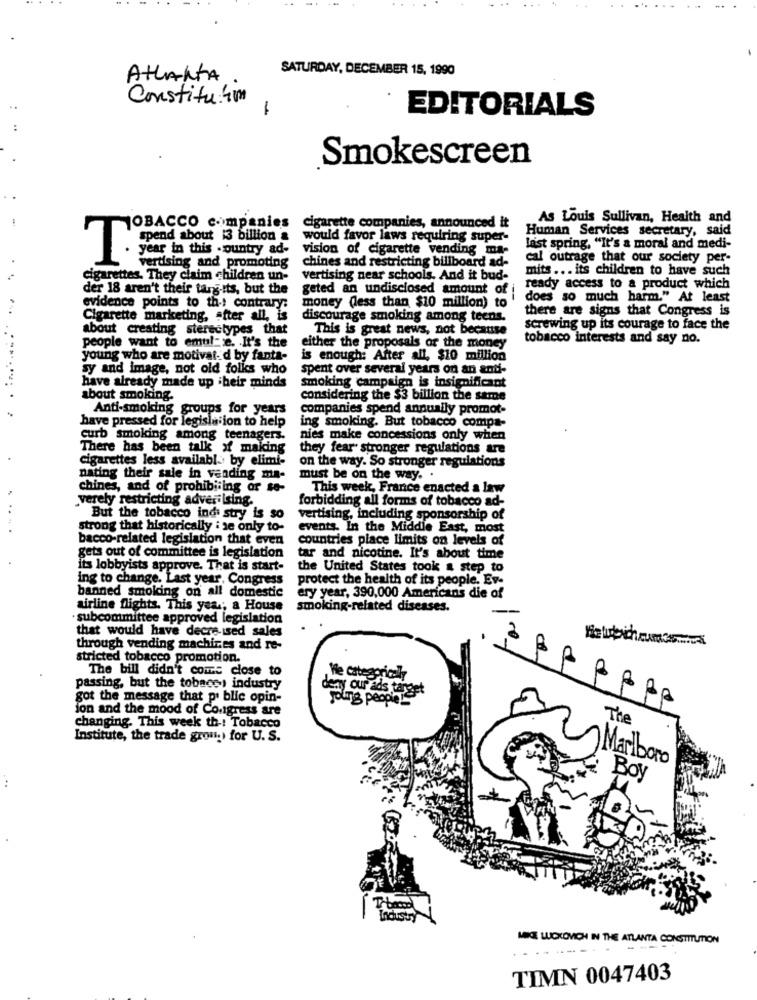
SATURDAY, DECEMBER 15, 1990
ATLANTA
Constitu.4m
EDITORIALS
Smokescreen
As Louis Sullivan, Health and
TOBACCO companies
cigarette companies, announced it
Human Services secretary, said
spend about 13 billion & would favor laws requiring super-
year in this -ountry ad-
vision of cigarette vending ma-
last spring, "It's a moral and medi-
T
chines and restricting billboard ad-
cal outrage that our society per-
vertising and promoting
mits ... its children to have such
cigarettes. They claim children un-
vertising near schools. And it bud-
der 18 aren't their targ-its, but the
geted an undisclosed amount of
ready access to a product which
money (less than $10 million) to
does so much harm." At least
evidence points to the contrary:
there are signs that Congress is
Cigarette marketing, after all, is
discourage smoking among teens.
about creating sterectypes that
This is great news, not because
screwing up its courage to face the
tobacco interests and say no.
people want to emul- e. It's the
either the proposals or the money
young who are motivai'd by fanta-
is enough: After all, $10 million
sy and image, not old folks who
spent over several years on an anti-
smoking campaign is insignificant
have already made up their minds
about smoking.
considering the $3 billion the same
Anti-smoking groups for years
companies spend annually promot-
have pressed for legisla ion to help
ing smoking. But tobacco compa-
curb smoking among teenagers.
nies make concessions only when
There has been talk » making
they fear" stronger regulations are
cigarettes less available by elimi-
on the way. So stronger regulations
nating their sale in vending ma-
must be on the way.
chines, and of prohibiting or se-
This week, France enacted a law
verely restricting adveriising.
forbidding all forms of tobacco ad-
But the tobacco indi stry is so
vertising, including sponsorship of
strong that historically i se only to-
events. In the Middle East, most
bacco-related legislation that even
countries piace limits on levels of
gets out of committee is legislation
tar and nicotine. It's about time
its lobbyists approve. That is start-
the United States took a step to
ing to change. Last year, Congress
protect the health of its people. Ev-
banned smoking on all domestic
ery year, 390,000 Americans die of
airline flights. This year; a House
smoking-related diseases.
· subcommittee approved legislation
that would have decre ised sales
Halubinance.
through vending machines and re-
stricted tobacco promotion.
The bill didn't come close to
We categoricaly
passing, but the tobacs) industry
got the message that py blic opin-
degy our ads target
young people!
ion and the mood of Congress are
The
changing. This week th -: Tobacco
Institute, the trade gron.) for U. S.
Marlboro
Boy
MICE LUCKOVICH IN THE ATLANTA CONSTITUTION
TIMN 0047403